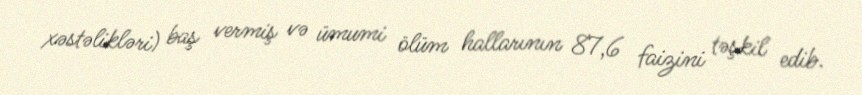
xəstəlikləri) baş vermiş və ümumi ölüm hallarının 87,6 faizini təşkil edib.